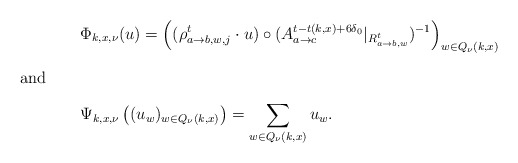
\begin{align*}&\Phi_{k,x,\nu}(u)=\left((\rho^t_{a\to b,w,j}\cdot u)\circ (A^{t-t(k,x)+6\delta_0}_{a\to c}|_{R^t_{a\to b,w}})^{-1}\right)_{w\in Q_\nu(k,x)} \intertext{and}&\Psi_{k,x,\nu}\left((u_w)_{w\in Q_\nu(k,x)}\right)=\sum_{w\in Q_\nu(k,x)} u_w.\end{align*}